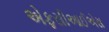
એફસીઆઈએસ